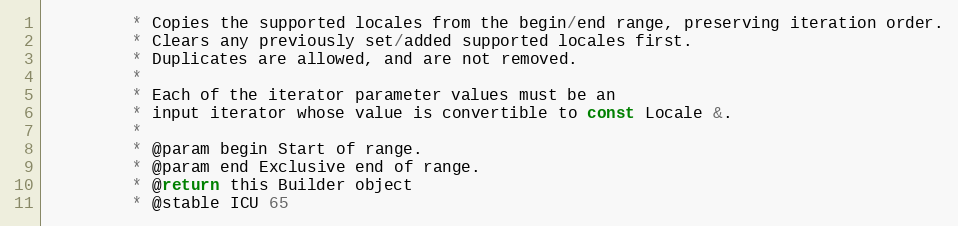
Language: C
         * Copies the supported locales from the begin/end range, preserving iteration order.
         * Clears any previously set/added supported locales first.
         * Duplicates are allowed, and are not removed.
         *
         * Each of the iterator parameter values must be an
         * input iterator whose value is convertible to const Locale &.
         *
         * @param begin Start of range.
         * @param end Exclusive end of range.
         * @return this Builder object
         * @stable ICU 65